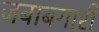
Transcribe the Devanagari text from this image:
जबाबगारी